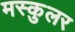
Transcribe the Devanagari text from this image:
मस्कुलर